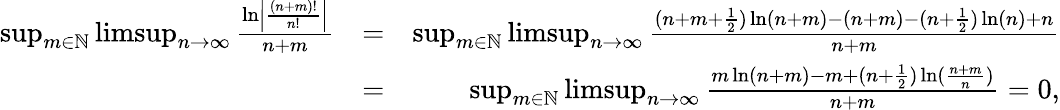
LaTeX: \begin{array}{rlr}{\operatorname*{sup}_{m\in\mathbb{N}}\operatorname*{limsup}_{n\rightarrow\infty}\frac{\ln\left|\frac{(n+m)!}{n!}\right|}{n+m}}&{=}&{\operatorname*{sup}_{m\in\mathbb{N}}\operatorname*{limsup}_{n\rightarrow\infty}\frac{(n+m+\frac{1}{2})\ln(n+m)-(n+m)-(n+\frac{1}{2})\ln(n)+n}{n+m}}\\ &{=}&{\operatorname*{sup}_{m\in\mathbb{N}}\operatorname*{limsup}_{n\rightarrow\infty}\frac{m\ln(n+m)-m+(n+\frac{1}{2})\ln(\frac{n+m}{n})}{n+m}=0,}\end{array}